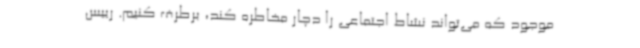
موجود که می‌تواند نشاط اجتماعی را دچار مخاطره کند، برطرف کنیم. رییس